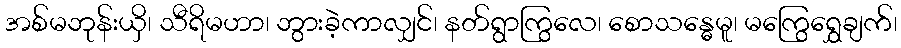
အစ်မဘုန်းယှိ၊ သီရိမဟာ၊ ဘွားခဲ့ကာလျှင်၊ နတ်ရွာကြွလေ၊ စောသန္ဓေမူ၊ မကြွေရွှေချက်၊